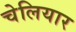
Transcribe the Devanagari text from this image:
चेलियार